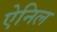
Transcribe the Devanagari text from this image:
ऐनिल